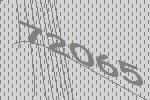
72065